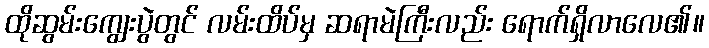
ထိုဆွမ်းကျွေးပွဲတွင် လမ်းထိပ်မှ ဆရာမဲကြီးလည်း ရောက်ရှိလာလေ၏။